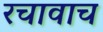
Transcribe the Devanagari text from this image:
रचावाच